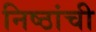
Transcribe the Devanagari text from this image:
निष्ठांची